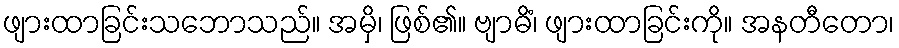
ဖျားထာခြင်းသဘောသည်။ အမှိ၊ ဖြစ်၏။ ဗျာဓိံ၊ ဖျားထာခြင်းကို။ အနတီတော၊